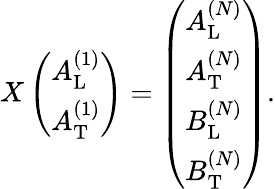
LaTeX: \begin{array}{r}{X\left(\begin{array}{l}{A_{\mathrm{L}}^{(1)}}\\ {A_{\mathrm{T}}^{(1)}}\end{array}\right)=\left(\begin{array}{l}{A_{\mathrm{L}}^{(N)}}\\ {A_{\mathrm{T}}^{(N)}}\\ {B_{\mathrm{L}}^{(N)}}\\ {B_{\mathrm{T}}^{(N)}}\end{array}\right).}\end{array}